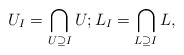
\begin{align*}U_I=\bigcap_{U\supseteq I} U; L_I=\bigcap_{L\supseteq I} L,\end{align*}